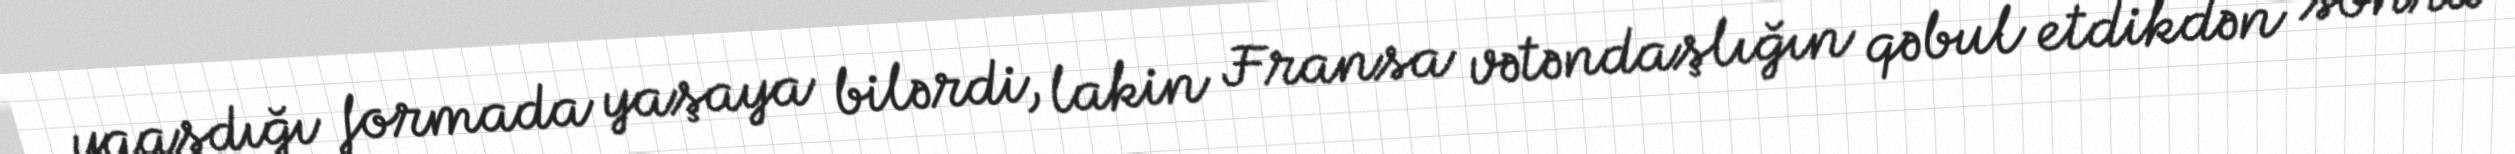
yaaşdığı formada yaşaya bilərdi, lakin Fransa vətəndaşlığın qəbul etdikdən sonra